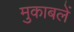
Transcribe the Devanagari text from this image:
मुकाबलें